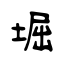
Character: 堀